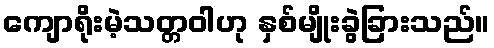
ကျောရိုးမဲ့သတ္တဝါဟု နှစ်မျိုးခွဲခြားသည်။